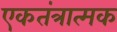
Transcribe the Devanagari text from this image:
एकतंत्रात्मक